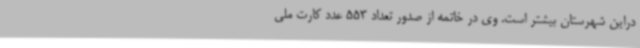
دراین شهرستان بیشتر است. وی در خاتمه از صدور تعداد 553 عدد کارت ملی